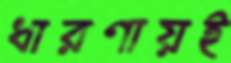
ধারণায়ই